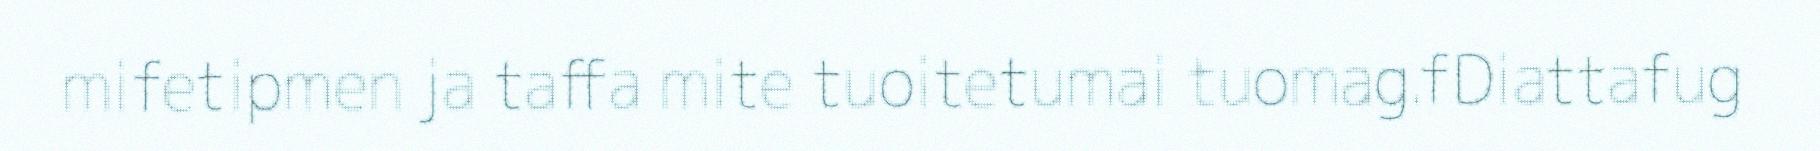
mifetipmen ja taffa mite tuoitetumai tuomag.fDiattafug